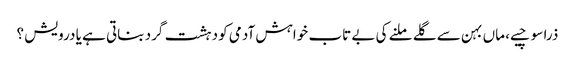
ذرا سوچیے، ماں بہن سے گلے ملنے کی بے تاب خواہش آدمی کو دہشت گرد بناتی ہے یا درویش ؟